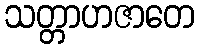
သတ္တာဟဇာတေ